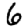
Digit: 6